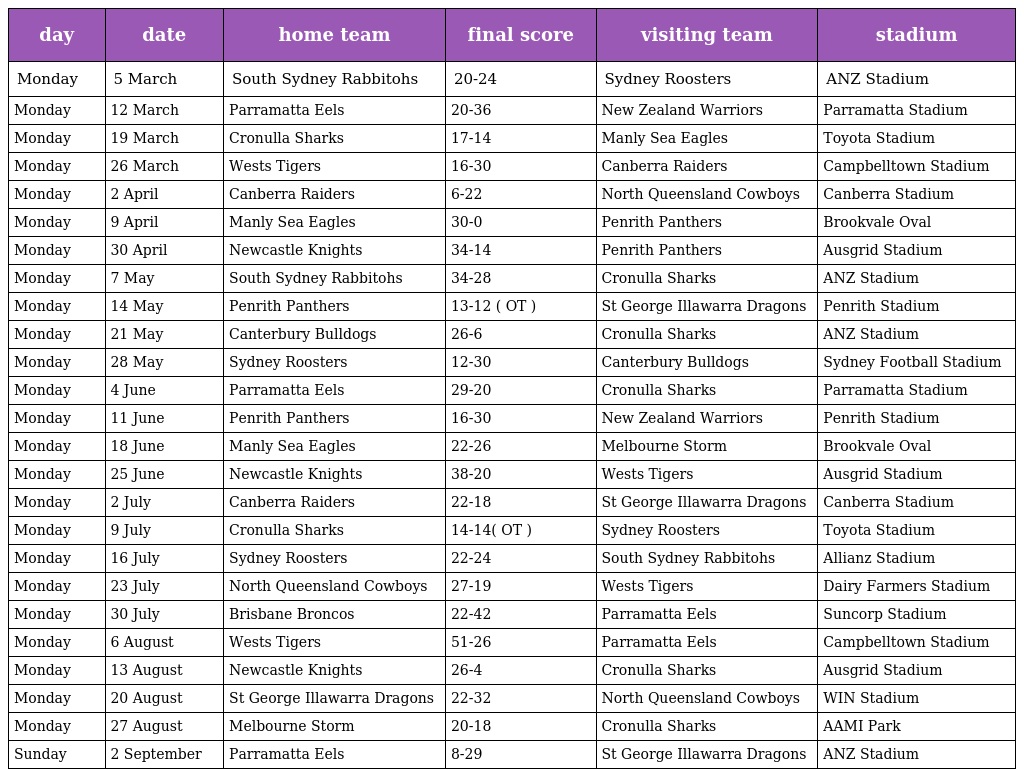
| day | date | home team | final score | visiting team | stadium |
 | --- | --- | --- | --- | --- | --- |
 | Monday | 5 March | South Sydney Rabbitohs | 20-24 | Sydney Roosters | ANZ Stadium |
 | Monday | 12 March | Parramatta Eels | 20-36 | New Zealand Warriors | Parramatta Stadium |
 | Monday | 19 March | Cronulla Sharks | 17-14 | Manly Sea Eagles | Toyota Stadium |
 | Monday | 26 March | Wests Tigers | 16-30 | Canberra Raiders | Campbelltown Stadium |
 | Monday | 2 April | Canberra Raiders | 6-22 | North Queensland Cowboys | Canberra Stadium |
 | Monday | 9 April | Manly Sea Eagles | 30-0 | Penrith Panthers | Brookvale Oval |
 | Monday | 30 April | Newcastle Knights | 34-14 | Penrith Panthers | Ausgrid Stadium |
 | Monday | 7 May | South Sydney Rabbitohs | 34-28 | Cronulla Sharks | ANZ Stadium |
 | Monday | 14 May | Penrith Panthers | 13-12 ( OT ) | St George Illawarra Dragons | Penrith Stadium |
 | Monday | 21 May | Canterbury Bulldogs | 26-6 | Cronulla Sharks | ANZ Stadium |
 | Monday | 28 May | Sydney Roosters | 12-30 | Canterbury Bulldogs | Sydney Football Stadium |
 | Monday | 4 June | Parramatta Eels | 29-20 | Cronulla Sharks | Parramatta Stadium |
 | Monday | 11 June | Penrith Panthers | 16-30 | New Zealand Warriors | Penrith Stadium |
 | Monday | 18 June | Manly Sea Eagles | 22-26 | Melbourne Storm | Brookvale Oval |
 | Monday | 25 June | Newcastle Knights | 38-20 | Wests Tigers | Ausgrid Stadium |
 | Monday | 2 July | Canberra Raiders | 22-18 | St George Illawarra Dragons | Canberra Stadium |
 | Monday | 9 July | Cronulla Sharks | 14-14( OT ) | Sydney Roosters | Toyota Stadium |
 | Monday | 16 July | Sydney Roosters | 22-24 | South Sydney Rabbitohs | Allianz Stadium |
 | Monday | 23 July | North Queensland Cowboys | 27-19 | Wests Tigers | Dairy Farmers Stadium |
 | Monday | 30 July | Brisbane Broncos | 22-42 | Parramatta Eels | Suncorp Stadium |
 | Monday | 6 August | Wests Tigers | 51-26 | Parramatta Eels | Campbelltown Stadium |
 | Monday | 13 August | Newcastle Knights | 26-4 | Cronulla Sharks | Ausgrid Stadium |
 | Monday | 20 August | St George Illawarra Dragons | 22-32 | North Queensland Cowboys | WIN Stadium |
 | Monday | 27 August | Melbourne Storm | 20-18 | Cronulla Sharks | AAMI Park |
 | Sunday | 2 September | Parramatta Eels | 8-29 | St George Illawarra Dragons | ANZ Stadium |